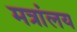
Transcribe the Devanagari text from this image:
मत्रांलय